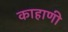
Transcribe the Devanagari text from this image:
काहाणी